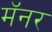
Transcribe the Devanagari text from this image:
मॅनर